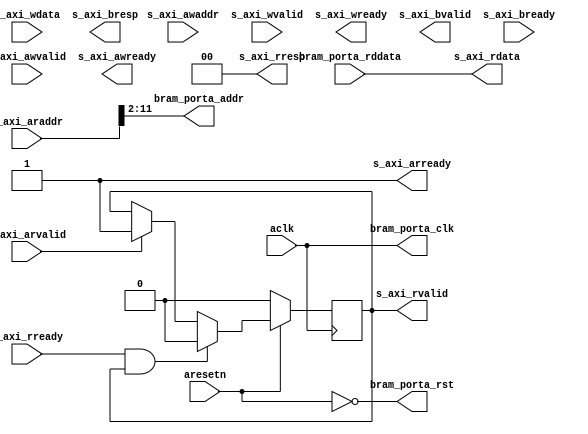

`timescale 1 ns / 1 ps

module axi_bram_reader #
(
  parameter integer AXI_DATA_WIDTH = 32,
  parameter integer AXI_ADDR_WIDTH = 16,
  parameter integer BRAM_DATA_WIDTH = 32,
  parameter integer BRAM_ADDR_WIDTH = 10
)
(
  // System signals
  input  wire                       aclk,
  input  wire                       aresetn,

  // Slave side
  input  wire [AXI_ADDR_WIDTH-1:0]  s_axi_awaddr,  // AXI4-Lite slave: Write address
  input  wire                       s_axi_awvalid, // AXI4-Lite slave: Write address valid
  output wire                       s_axi_awready, // AXI4-Lite slave: Write address ready
  input  wire [AXI_DATA_WIDTH-1:0]  s_axi_wdata,   // AXI4-Lite slave: Write data
  input  wire                       s_axi_wvalid,  // AXI4-Lite slave: Write data valid
  output wire                       s_axi_wready,  // AXI4-Lite slave: Write data ready
  output wire [1:0]                 s_axi_bresp,   // AXI4-Lite slave: Write response
  output wire                       s_axi_bvalid,  // AXI4-Lite slave: Write response valid
  input  wire                       s_axi_bready,  // AXI4-Lite slave: Write response ready
  input  wire [AXI_ADDR_WIDTH-1:0]  s_axi_araddr,  // AXI4-Lite slave: Read address
  input  wire                       s_axi_arvalid, // AXI4-Lite slave: Read address valid
  output wire                       s_axi_arready, // AXI4-Lite slave: Read address ready
  output wire [AXI_DATA_WIDTH-1:0]  s_axi_rdata,   // AXI4-Lite slave: Read data
  output wire [1:0]                 s_axi_rresp,   // AXI4-Lite slave: Read data response
  output wire                       s_axi_rvalid,  // AXI4-Lite slave: Read data valid
  input  wire                       s_axi_rready,  // AXI4-Lite slave: Read data ready

  // BRAM port
  output wire                       bram_porta_clk,
  output wire                       bram_porta_rst,
  output wire [BRAM_ADDR_WIDTH-1:0] bram_porta_addr,
  input  wire [BRAM_DATA_WIDTH-1:0] bram_porta_rddata
);

  function integer clogb2 (input integer value);
    for(clogb2 = 0; value > 0; clogb2 = clogb2 + 1) value = value >> 1;
  endfunction

  localparam integer ADDR_LSB = clogb2(AXI_DATA_WIDTH/8 - 1);

  reg int_rvalid_reg, int_rvalid_next;

  always @(posedge aclk)
  begin
    if(~aresetn)
    begin
      int_rvalid_reg <= 1'b0;
    end
    else
    begin
      int_rvalid_reg <= int_rvalid_next;
    end
  end

  always @*
  begin
    int_rvalid_next = int_rvalid_reg;

    if(s_axi_arvalid)
    begin
      int_rvalid_next = 1'b1;
    end

    if(s_axi_rready & int_rvalid_reg)
    begin
      int_rvalid_next = 1'b0;
    end
  end

  assign s_axi_rresp = 2'd0;

  assign s_axi_arready = 1'b1;
  assign s_axi_rdata = bram_porta_rddata;
  assign s_axi_rvalid = int_rvalid_reg;

  assign bram_porta_clk = aclk;
  assign bram_porta_rst = ~aresetn;
  assign bram_porta_addr = s_axi_araddr[ADDR_LSB+BRAM_ADDR_WIDTH-1:ADDR_LSB];

endmodule